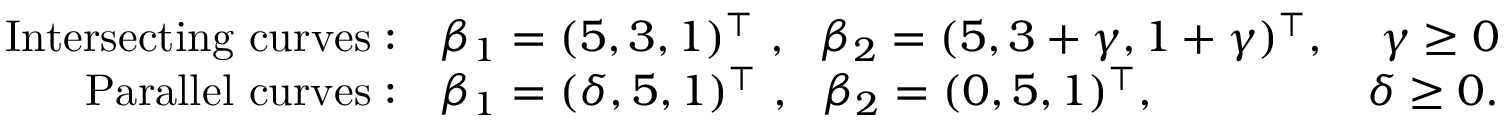
\begin{array} { r l r } { \mathrm { I n t e r s e c t i n g ~ c u r v e s : } } & { \beta _ { 1 } = ( 5 , 3 , 1 ) ^ { \top } ~ , ~ ~ \beta _ { 2 } = ( 5 , 3 + \gamma , 1 + \gamma ) ^ { \top } , } & { \gamma \geq 0 } \\ { \mathrm { P a r a l l e l ~ c u r v e s : } } & { \beta _ { 1 } = ( \delta , 5 , 1 ) ^ { \top } ~ , ~ ~ \beta _ { 2 } = ( 0 , 5 , 1 ) ^ { \top } , } & { \delta \geq 0 . } \end{array}